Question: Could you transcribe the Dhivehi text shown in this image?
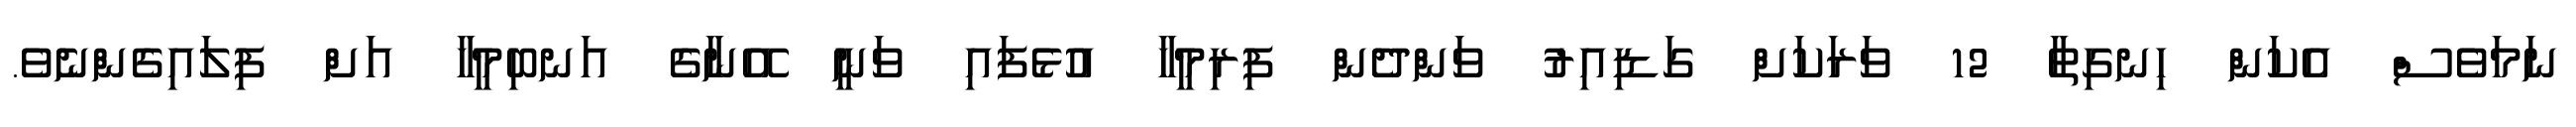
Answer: ނަމަވެސް އެކަން ހިނގިތާ 12 ވަރަކަށް ގަޑިއިރު ވަންދެން ފިރިމީހާ އުޅެފައި ވަނީ އޭނާގެ އަނބިމީހާ އަށް ފިލައިގެންނެވެ.